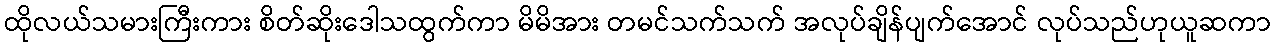
ထိုလယ်သမားကြီးကား စိတ်ဆိုးဒေါသထွက်ကာ မိမိအား တမင်သက်သက် အလုပ်ချိန်ပျက်အောင် လုပ်သည်ဟုယူဆကာ